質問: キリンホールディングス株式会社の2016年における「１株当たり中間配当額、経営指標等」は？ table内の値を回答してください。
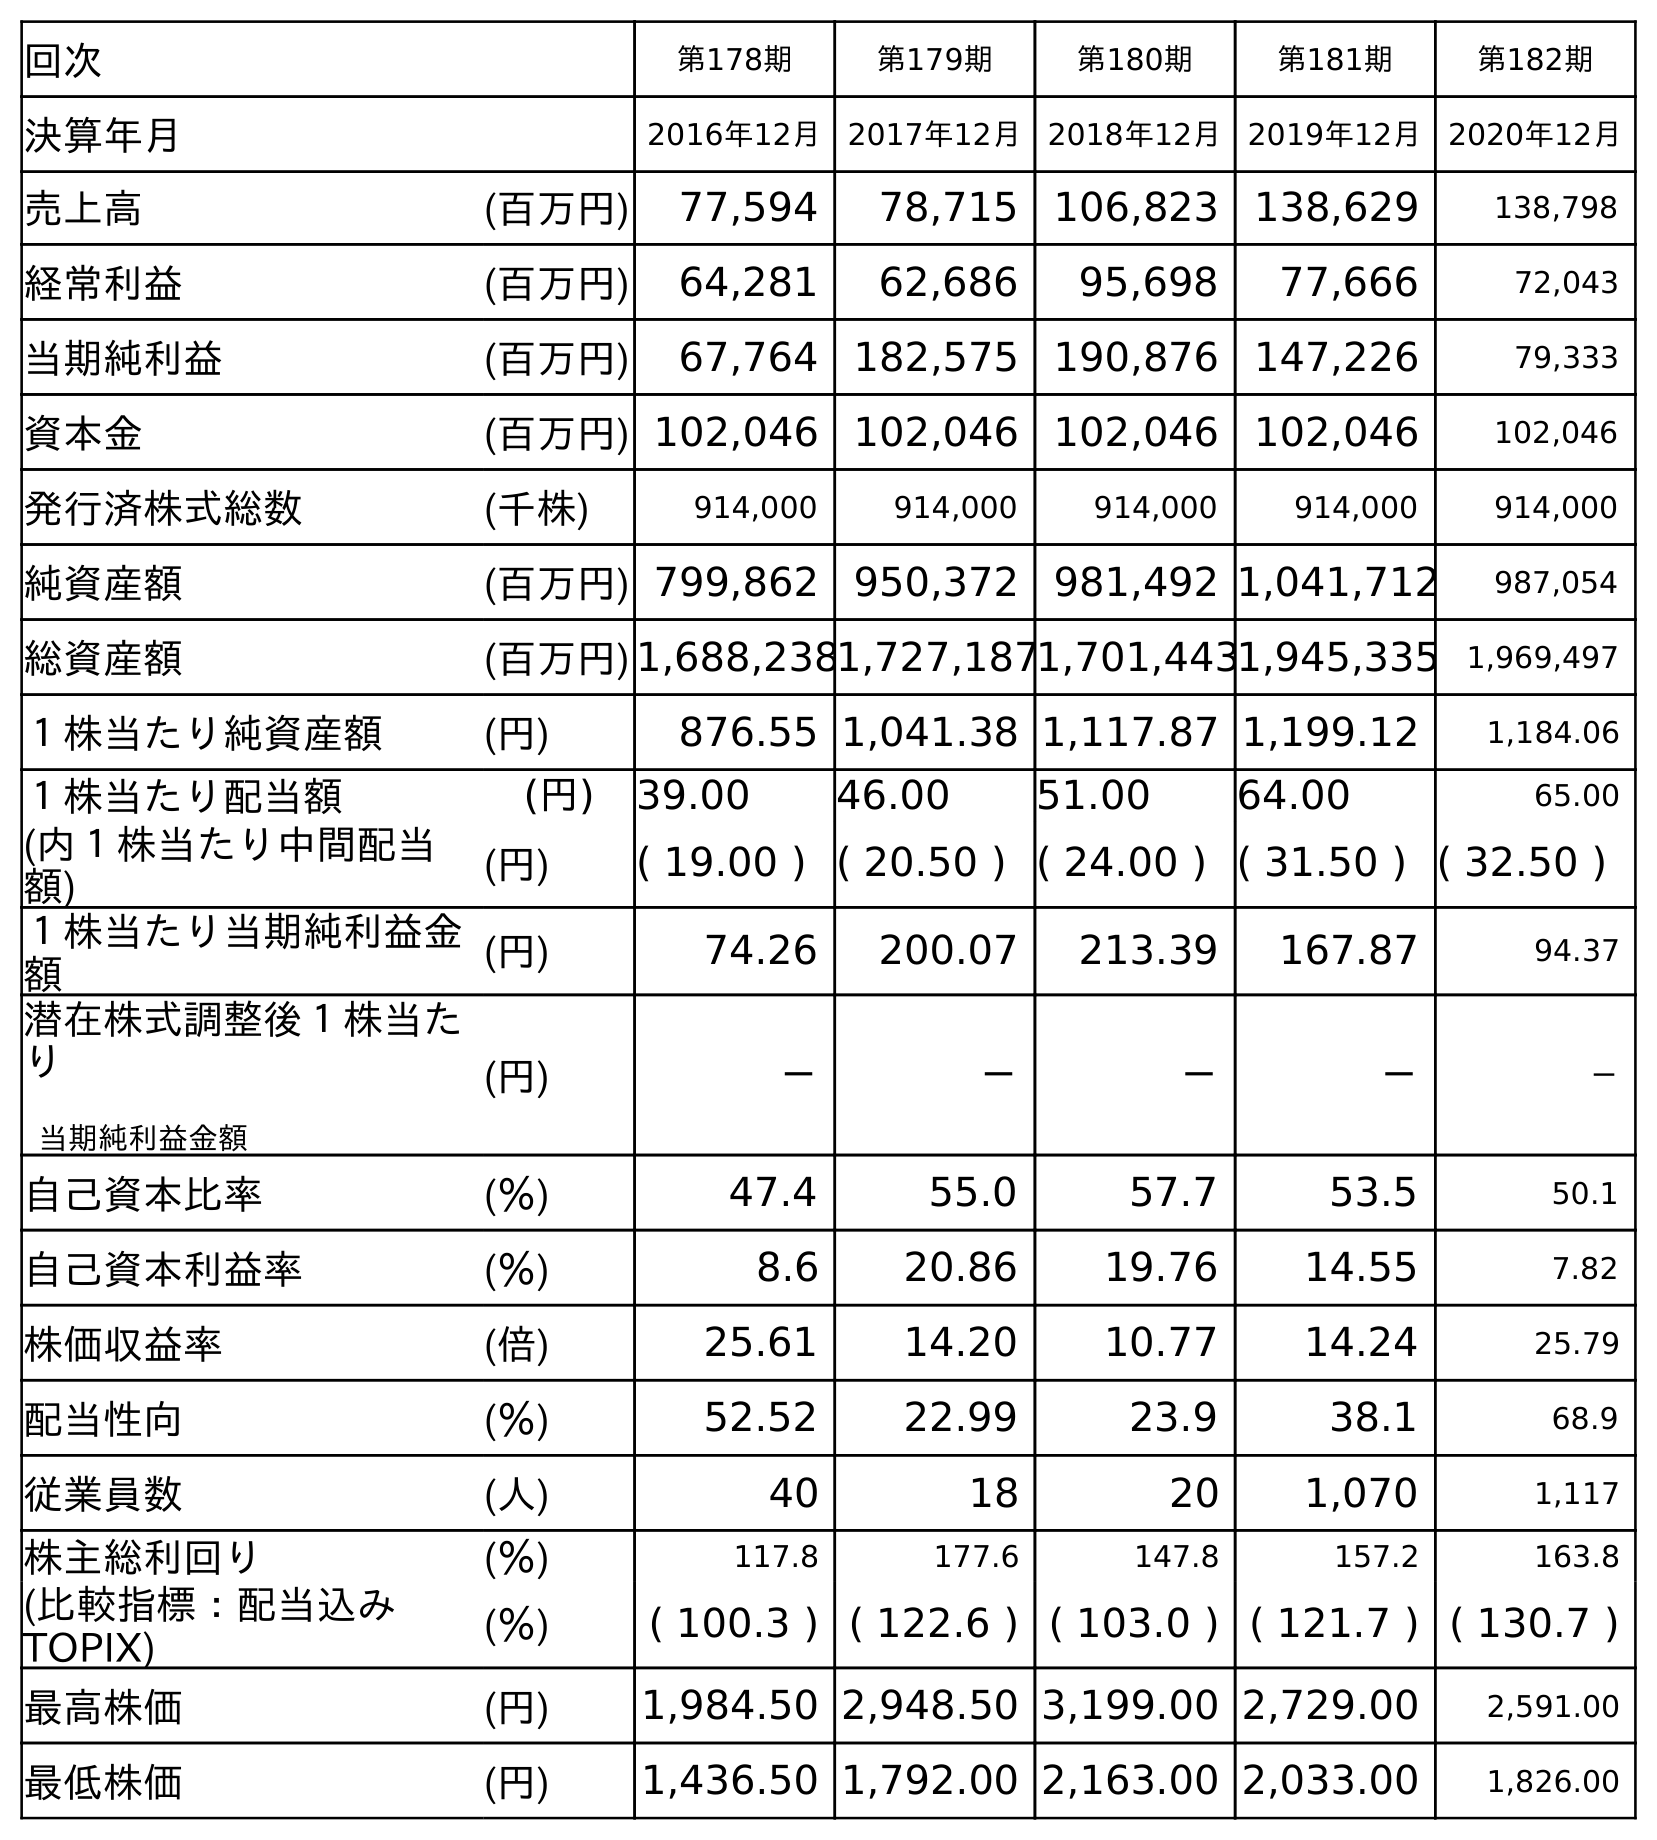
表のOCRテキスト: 回次 第178期 第179期 第180期 第181期 第182期 決算年月 2016年12月 2017年12月 2018年12月 2019年12月 2020年12月 売上高 (百万円) 77,594 78,715 106,823 138,629 138,798 経常利益 (百万円) 64,281 62,686 95,698 77,666 72,043 当期純利益 (百万円) 67,764 182,575 190,876 147,226 79,333 資本金 (百万円) 102,046 102,046 102,046 102,046 102,046 発行済株式総数 (千株) 914,000 914,000 914,000 914,000 914,000 純資産額 (百万円) 799,862 950,372 981,492 1,041,712 987,054 総資産額 (百万円)1,688,2381,727,1871,701,4431,945,335 1,969,497 １株当たり純資産額 (円) 876.55 1,041.38 1,117.87 1,199.12 1,184.06 １株当たり配当額 (円) 39.00 46.00 51.00 64.00 65.00 (内１株当たり中間配当 額) (円) ( 19.00 ) ( 20.50 ) ( 24.00 ) ( 31.50 ) ( 32.50 ) １株当たり当期純利益金 額 (円) 74.26 200.07 213.39 167.87 94.37 潜在株式調整後１株当た り 当期純利益金額 (円) － － － － － 自己資本比率 (％) 47.4 55.0 57.7 53.5 50.1 自己資本利益率 (％) 8.6 20.86 19.76 14.55 7.82 株価収益率 (倍) 25.61 14.20 10.77 14.24 25.79 配当性向 (％) 52.52 22.99 23.9 38.1 68.9 従業員数 (人) 40 18 20 1,070 1,117 株主総利回り (％) 117.8 177.6 147.8 157.2 163.8 (比較指標：配当込み TOPIX) (％) ( 100.3 ) ( 122.6 ) ( 103.0 ) ( 121.7 ) ( 130.7 ) 最高株価 (円) 1,984.50 2,948.50 3,199.00 2,729.00 2,591.00 最低株価 (円) 1,436.50 1,792.00 2,163.00 2,033.00 1,826.00
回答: (19.00)